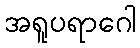
အရူပရာဂေါ